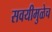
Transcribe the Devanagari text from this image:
सवयीमुळेच